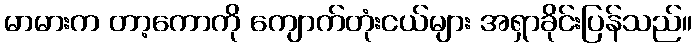
မာမားက တာ့ကောကို ကျောက်တုံးငယ်များ အရှာခိုင်းပြန်သည်။